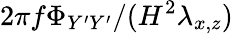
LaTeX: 2\pi f\Phi_{Y^{\prime}Y^{\prime}}/(H^{2}\lambda_{x,z})